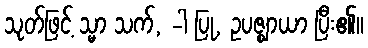
သုတ်ဖြင့် သ္မာ သက်, -ါ ပြု, ဥပဇ္ဈာယာ ပြီး၏။